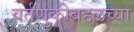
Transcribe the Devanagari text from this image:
वर्तणुकीबद्दलच्या